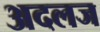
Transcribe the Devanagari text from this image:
अदलज